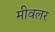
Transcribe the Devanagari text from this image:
मीवलर